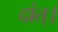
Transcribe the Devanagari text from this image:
दांत्।